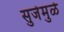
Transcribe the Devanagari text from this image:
सुजेमुळे